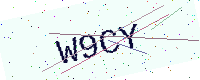
Text: W9CY